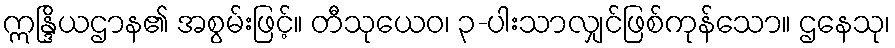
ဣန္ဒြိယဌာန၏ အစွမ်းဖြင့်။ တီသုယေဝ၊ ၃-ပါးသာလျှင်ဖြစ်ကုန်သော။ ဌနေသု၊